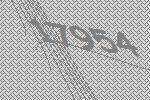
17954